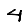
Digit: 4